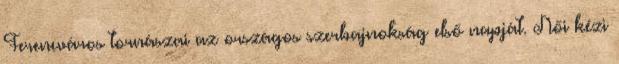
Ferencváros tornászai az országos szerbajnokság első napját. Női kézi